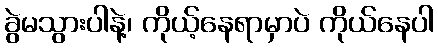
ခွဲမသွားပါနဲ့၊ ကိုယ့်နေရာမှာပဲ ကိုယ်နေပါ